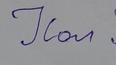
Signature authenticity: forged